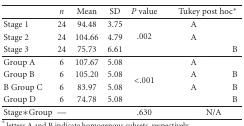
|  | n | Mean | SD | P value | <COLSPAN=2> Tukey post hoc* |
 | --- | --- | --- | --- | --- | --- | --- |
 | Stage 1 | 24 | 94.48 | 3.75 | <ROWSPAN=3> .002 | A |  |
 | Stage 2 | 24 | 104.66 | 4.79 | A |  |
 | Stage 3 | 24 | 75.73 | 6.61 |  | B |
 | Group A | 6 | 107.67 | 5.08 | <ROWSPAN=4> <.001 | A |  |
 | Group B | 6 | 105.20 | 5.08 | A | B |
 | B Group C | 6 | 83.97 | 5.08 | A | B |
 | Group D | 6 | 74.78 | 5.08 |  | B |
 | Stage∗Group | — |  |  | .630 | N/A |  |